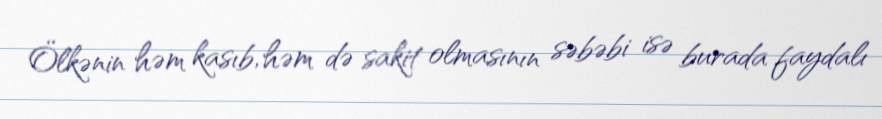
Ölkənin həm kasıb, həm də sakit olmasının səbəbi isə burada faydalı